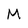
Character: M